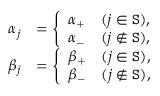
\begin{array} { r l } { \alpha _ { j } } & { = \left\{ \begin{array} { l l } { \alpha _ { + } } & { ( j \in \mathtt { S } ) , } \\ { \alpha _ { - } } & { ( j \notin \mathtt { S } ) , } \end{array} \right. } \\ { \beta _ { j } } & { = \left\{ \begin{array} { l l } { \beta _ { + } } & { ( j \in \mathtt { S } ) , } \\ { \beta _ { - } } & { ( j \notin \mathtt { S } ) , } \end{array} \right. } \end{array}